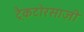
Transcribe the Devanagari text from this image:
ट्रैकटोरसाज़ी